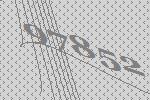
97852